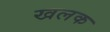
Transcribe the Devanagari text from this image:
खलक